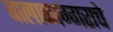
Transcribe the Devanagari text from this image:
बालाकाम्गराचे